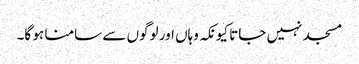
مسجد نہیں جاتا کیونکہ وہاں اور لوگوں سے سامنا ہو گا۔